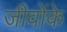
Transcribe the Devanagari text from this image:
जीवोंके